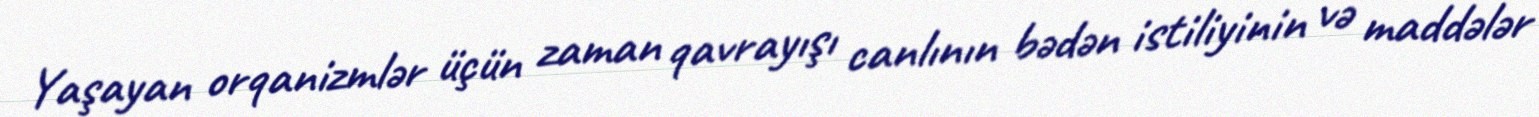
Yaşayan orqanizmlər üçün zaman qavrayışı canlının bədən istiliyinin və maddələr